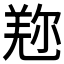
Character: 𠒤